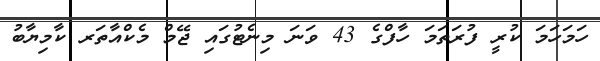
ހަމަހަމަ ކުރީ ފުރަތަމަ ހާފްގެ 43 ވަނަ މިނެޓުގައި ޖޭމް މެކްއާތަރ ކާމިޔާބު